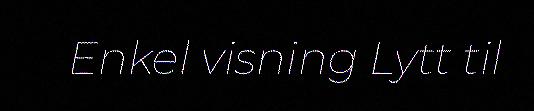
Enkel visning Lytt til